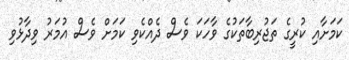
ކަމަށާއި ކުރީގެ ތަޖުރިބާތަކުގެ ވާހަކަ ވެސް ދެއްކެވި ކަމަށް ވެސް އުމަރު ވިދާޅުވި